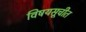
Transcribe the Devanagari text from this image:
विषयसूचीत